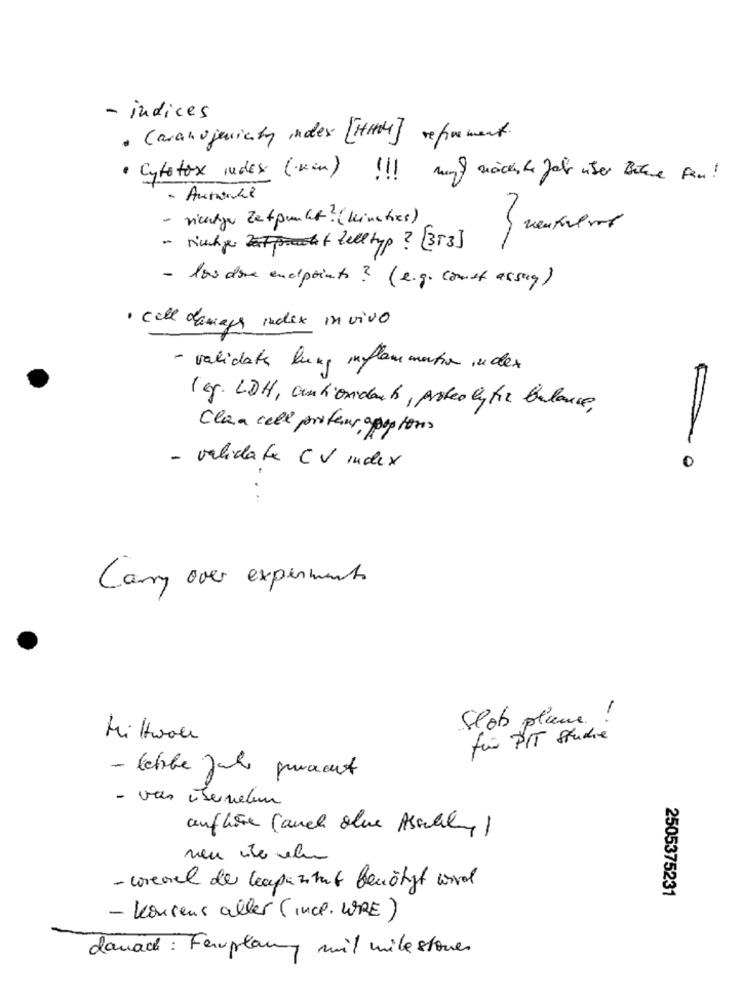
- indices
· Caranojuniaty index [HHHH] refinement.
· Cytotox index (kin) !!
muyf nächste Jahr user Bilene Fan !
· Auntule
- vientzer Zetpunkt? (keinstres)
venkelrot
" Muchgeht Zelltyp ? [313]
- los dove endpoints ? (e.g. comet assug)
· cell damage index in vivo
- validate lung inflammation index
leg. LDH, antioxidant , proteolytic balance,
Cla a cell profeuropestones
- validate CV index
0
Carry over experiments
Slot plane !
Mittwall
für PIT studie
- lebibe fahr gemacht
- vas servetum
aufliste (auch alue Ashley )
neu ute nel
- wrevel der leapazimut benötigt wird
2505375231
- Konsens aller (InCP. WRE)
danach : Farplany mit milestones